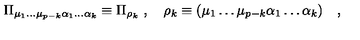
\Pi _ { \mu _ { 1 } \dots \mu _ { p - k } \alpha _ { 1 } \dots \alpha _ { k } } \equiv \Pi _ { \rho _ { k } } \ , \quad \rho _ { k } \equiv ( \mu _ { 1 } \dots \mu _ { p - k } \alpha _ { 1 } \dots \alpha _ { k } ) \quad ,